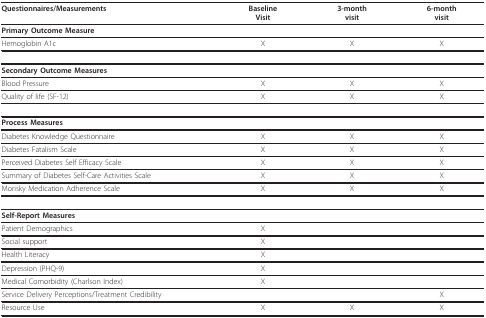
<table><thead><tr><td><b>Questionnaires/Measurements</b></td><td><b>BaselineVisit</b></td><td><b>3-monthvisit</b></td><td><b>6-monthvisit</b></td></tr></thead><tbody><tr><td><b>Primary Outcome Measure</b></td><td></td><td></td><td></td></tr><tr><td>Hemoglobin A1c</td><td>X</td><td>X</td><td>X</td></tr><tr><td><b>Secondary Outcome Measures</b></td><td></td><td></td><td></td></tr><tr><td>Blood Pressure</td><td>X</td><td>X</td><td>X</td></tr><tr><td>Quality of life (SF-12)</td><td>X</td><td>X</td><td>X</td></tr><tr><td><b>Process Measures</b></td><td></td><td></td><td></td></tr><tr><td>Diabetes Knowledge Questionnaire</td><td>X</td><td>X</td><td>X</td></tr><tr><td>Diabetes Fatalism Scale</td><td>X</td><td>X</td><td>X</td></tr><tr><td>Perceived Diabetes Self Efficacy Scale</td><td>X</td><td>X</td><td>X</td></tr><tr><td>Summary of Diabetes Self-Care Activities Scale</td><td>X</td><td>X</td><td>X</td></tr><tr><td>Morisky Medication Adherence Scale</td><td>X</td><td>X</td><td>X</td></tr><tr><td><b>Self-Report Measures</b></td><td></td><td></td><td></td></tr><tr><td>Patient Demographics</td><td>X</td><td></td><td></td></tr><tr><td>Social support</td><td>X</td><td></td><td></td></tr><tr><td>Health Literacy</td><td>X</td><td></td><td></td></tr><tr><td>Depression (PHQ-9)</td><td>X</td><td></td><td></td></tr><tr><td>Medical Comorbidity (Charlson Index)</td><td>X</td><td></td><td></td></tr><tr><td>Service Delivery Perceptions/Treatment Credibility</td><td></td><td></td><td>X</td></tr><tr><td>Resource Use</td><td>X</td><td>X</td><td>X</td></tr></tbody></table>